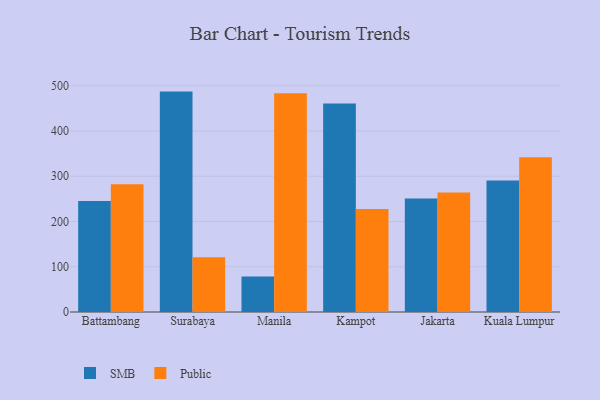
{"axis": {"x": "City", "y": "Conversion Rate (%)"}, "legend": ["Public", "SMB"], "data": [{"x": "Battambang", "y": 245.0, "type": "SMB"}, {"x": "Battambang", "y": 282.3, "type": "Public"}, {"x": "Surabaya", "y": 486.9, "type": "SMB"}, {"x": "Surabaya", "y": 120.9, "type": "Public"}, {"x": "Manila", "y": 78.7, "type": "SMB"}, {"x": "Manila", "y": 483.1, "type": "Public"}, {"x": "Kampot", "y": 460.6, "type": "SMB"}, {"x": "Kampot", "y": 227.3, "type": "Public"}, {"x": "Jakarta", "y": 250.6, "type": "SMB"}, {"x": "Jakarta", "y": 263.8, "type": "Public"}, {"x": "Kuala Lumpur", "y": 290.5, "type": "SMB"}, {"x": "Kuala Lumpur", "y": 341.7, "type": "Public"}]}